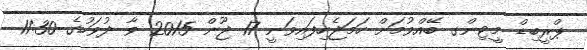
ޕްރީބިޑް މީޓިންގ ބޭއްވުމަށް ހަމަޖެހިފައިވަނީ 17 ޖޫން 2015 ވާ ދުވަހުގެ 11:30